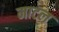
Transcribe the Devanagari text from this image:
माटल